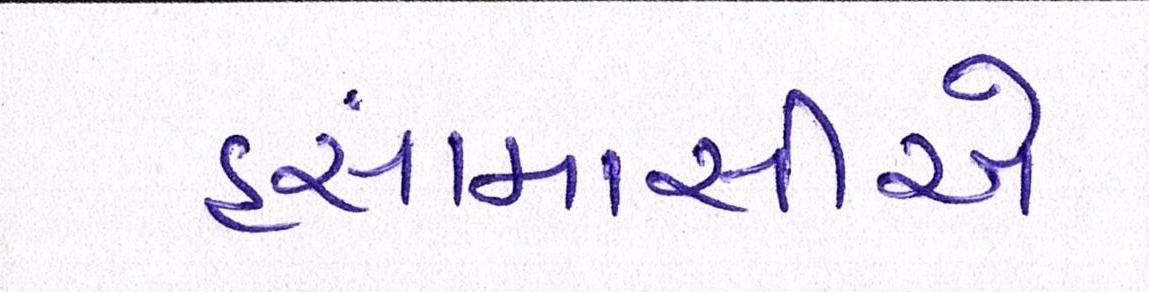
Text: હંસામાસીએ